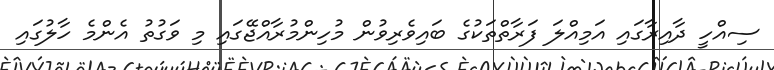
ސިއްހީ ދާއިރާގައި އަމިއްލަ ފަރާތްތަކުގެ ބައިވެރިވުން މުހިންމުރާއްޖޭގައި މި ވަގުތު އެންމެ ހާލުގައި